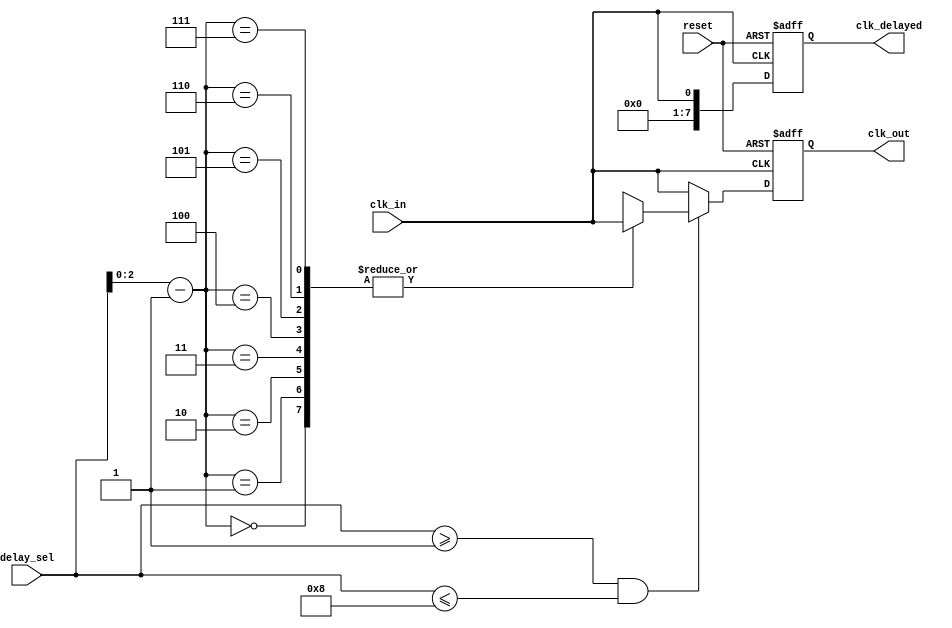
module delay_clock_buffer #(
    parameter MAX_DELAY = 8,  // Maximum delay stages
    parameter MIN_DELAY = 1    // Minimum delay stages
)(
    input wire clk_in,         // Input clock signal
    input wire [3:0] delay_sel,// Delay selection control (4-bit for up to 15 stages)
    input wire reset,          // Reset control
    output reg clk_out,        // Delayed output clock signal
    output reg [MAX_DELAY-1:0] clk_delayed // Multiple delayed outputs
);

    // Internal signals
    reg [3:0] delay_count;
    reg [MAX_DELAY-1:0] delay_chain[MAX_DELAY-1:0]; // Delay elements

    // Generate delay elements (simple buffers or inverters)
    generate
        genvar i;
        for (i = 0; i < MAX_DELAY; i = i + 1) begin : delay_elements
            if (i == 0) begin
                assign delay_chain[i] = clk_in; // Directly connect the input clock
            end else begin
                assign delay_chain[i] = delay_chain[i-1]; // Chain delay
            end
        end
    endgenerate

    // Output logic
    always @(posedge clk_in or posedge reset) begin
        if (reset) begin
            clk_out <= 0;
            clk_delayed <= 0;
        end else begin
            // Assign the delayed clock based on the selected delay
            if (delay_sel >= MIN_DELAY && delay_sel <= MAX_DELAY) begin
                clk_out <= delay_chain[delay_sel - 1]; // Output the selected delayed clock
            end else begin
                clk_out <= clk_in; // If out of range, no delay
            end
            
            // Generate multiple delayed outputs
            clk_delayed <= {delay_chain[MAX_DELAY-1], delay_chain[MAX_DELAY-2], delay_chain[MAX_DELAY-3], 
                             delay_chain[MAX_DELAY-4], delay_chain[MAX_DELAY-5], delay_chain[MAX_DELAY-6], 
                             delay_chain[MAX_DELAY-7], delay_chain[MAX_DELAY-8]};
        end
    end

endmodule